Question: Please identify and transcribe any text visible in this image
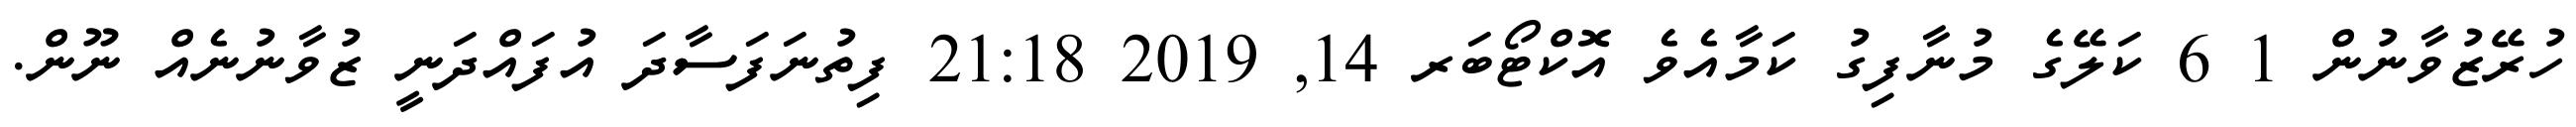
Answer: ހުރޭޒުވާނުން 1 6 ކަލޭގެ މުނާފިގު ކަމާއެވެ އޮކްޓޯބަރ 14, 2019 21:18 ފިތުނަފަސާދަ އުފައްދަނީ ޒުވާނުނެއް ނޫން.